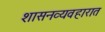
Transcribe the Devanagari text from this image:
शासनव्यवहारात